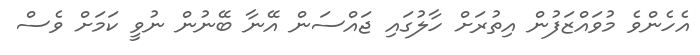
އެހެންވެ މުވައްޒަފުން އިތުރަށް ހާލުގައި ޖައްސަން އޭނާ ބޭނުން ނުވީ ކަމަށް ވެސް